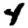
Digit: 4